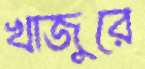
খাজুরে